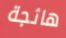
هائجة